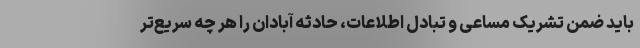
باید ضمن تشریک مساعی و تبادل اطلاعات، حادثه آبادان را هر چه سریع‌تر